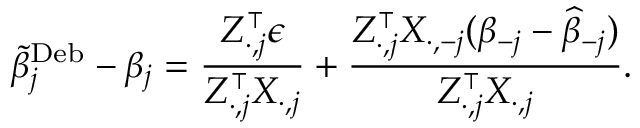
\small \widetilde { \beta } _ { j } ^ { \mathrm { D e b } } - \beta _ { j } = \frac { Z _ { \cdot , j } ^ { \intercal } \epsilon } { Z _ { \cdot , j } ^ { \intercal } X _ { \cdot , j } } + \frac { Z _ { \cdot , j } ^ { \intercal } X _ { \cdot , - j } ( \beta _ { - j } - \widehat { \beta } _ { - j } ) } { Z _ { \cdot , j } ^ { \intercal } X _ { \cdot , j } } .